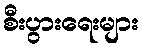
စီးပွားရေးများ